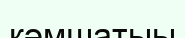
кәмшатыы